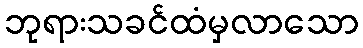
ဘုရားသခင်ထံမှလာသော